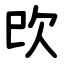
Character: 㰝